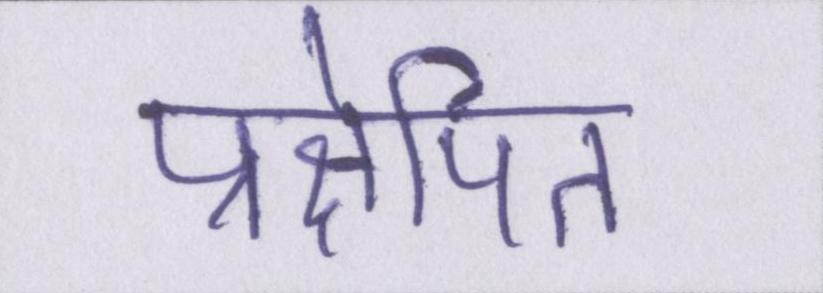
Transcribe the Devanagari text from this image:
प्रक्षेपित